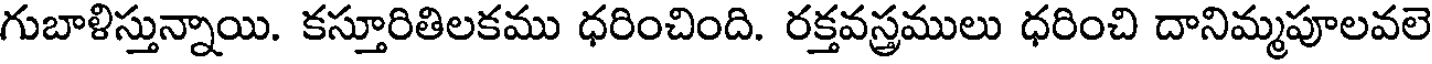
గుబాళిస్తున్నాయి. కస్తూరితిలకము ధరించింది. రక్తవస్తములు ధరించి దానిమ్మపూలవలె